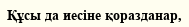
Құсы да иесіне қоразданар,